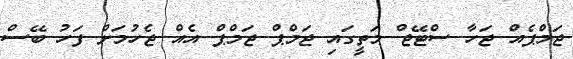
ޖަމްޕެއް ޖަހާ ސްޓޭޖް މަތީގައި ޖަމްޕް ޖަމްޕް އެއް ޖެހުމަށް ފަހު ބޭސް